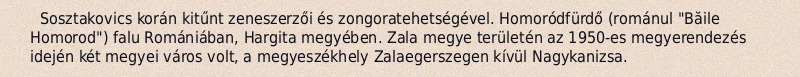
Sosztakovics korán kitűnt zeneszerzői és zongoratehetségével. Homoródfürdő (románul "Băile Homorod") falu Romániában, Hargita megyében. Zala megye területén az 1950-es megyerendezés idején két megyei város volt, a megyeszékhely Zalaegerszegen kívül Nagykanizsa.